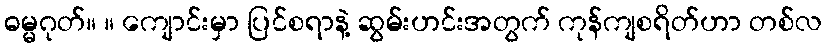
ဓမ္မဂုတ်။ ။ ကျောင်းမှာ ပြင်စရာနဲ့ ဆွမ်းဟင်းအတွက် ကုန်ကျစရိတ်ဟာ တစ်လ